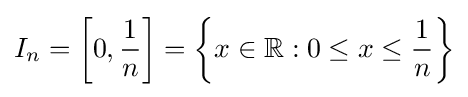
I_{n}=\left[0,{\frac {1}{n}}\right]=\left\{x\in \mathbb {R} :0\leq x\leq {\frac {1}{n}}\right\}